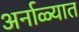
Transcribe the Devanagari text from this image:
अर्नाळ्यात